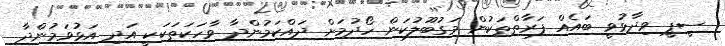
ސީޕީ ވިދާޅުވީ ބައެއް ފަރާތްތަކުން މަގުބޫލުކަން ހޯދުމަށް ދައްކަމުންދާ ވާހަކަތަކަކީ އަދި އަޅުވަމުންދާ